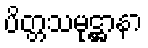
ပိတ္တသမုဋ္ဌာနာ